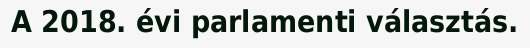
A 2018. évi parlamenti választás.